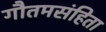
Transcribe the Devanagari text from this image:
गौतमसंहिता